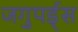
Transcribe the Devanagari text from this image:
जगुपर्ड्स